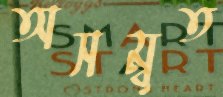
অসম্বৃত